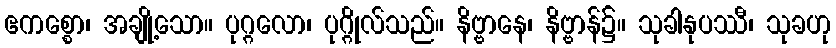
ဧကစ္စော၊ အချို့သော။ ပုဂ္ဂလော၊ ပုဂ္ဂိုလ်သည်။ နိဗ္ဗာနေ၊ နိဗ္ဗာန်၌။ သုခါနုပဿီ၊ သုခဟု